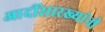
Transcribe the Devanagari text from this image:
आदींसारख्यांनी